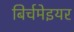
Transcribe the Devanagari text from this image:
बिर्चमेइयर